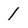
Character: 1